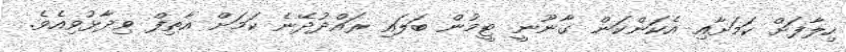
ހިލާފަށް ކަމަށާއި އެކަންކަން ގާނޫނީ ޓީމުން ބަލައި ރައްދުދޭނެ ކަމަށް އާތިފް ވިދާޅުވިއެވެ.